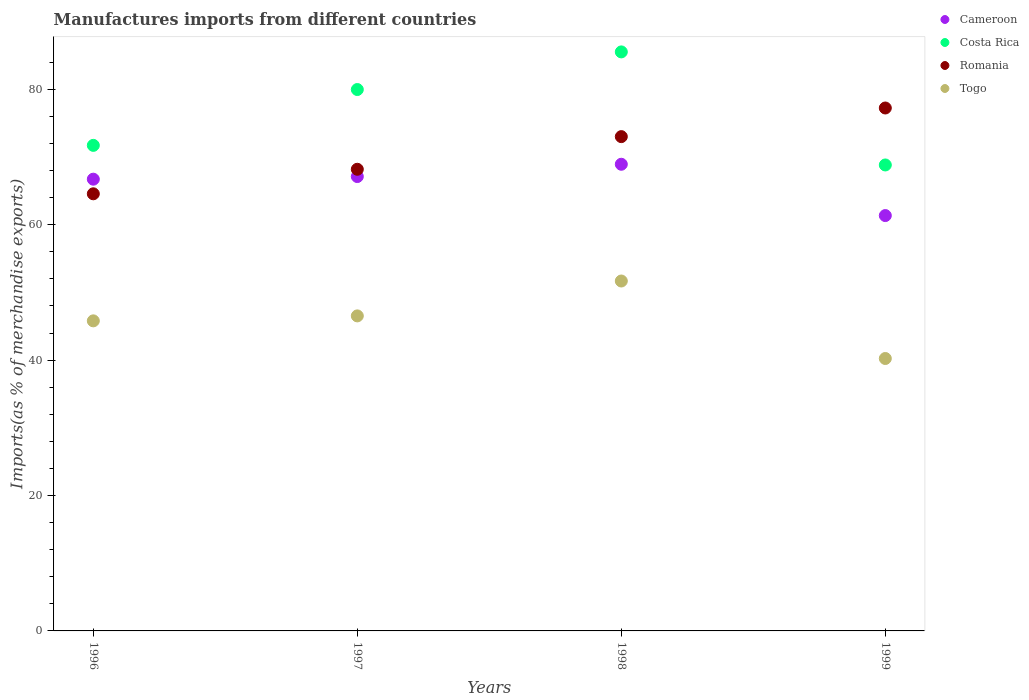
| Years | Cameroon | Costa Rica | Romania | Togo |
 | --- | --- | --- | --- | --- |
 | 1996 | 66.7 | 71.7 | 64.6 | 45.8 |
 | 1997 | 67.1 | 80 | 68.2 | 46.5 |
 | 1998 | 68.9 | 85.5 | 73 | 51.7 |
 | 1999 | 61.3 | 68.8 | 77.2 | 40.2 |